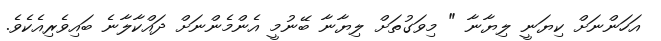
އަހަންނަށް ކިޔަނީ ލިޔާނާ " މިވަގުތަށް ލިޔާނާ ބޭނުމީ އެންމެންނަށް ދައްކާލާނެ ބައިވެރިއެކެެވެ.